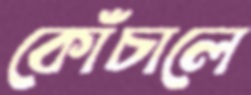
কোঁচালে